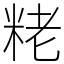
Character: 粩